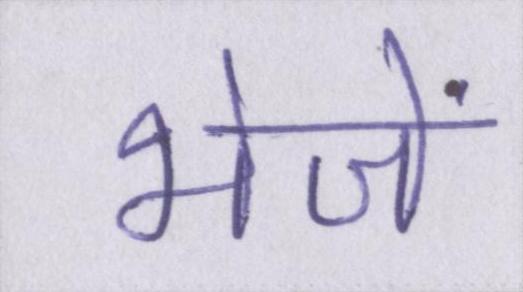
भेजें